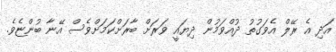
އަދި އެ ރޭލް އެވަގުތު ދުއްވަމުން ދިޔައީ ވަރަށް ބާރަށްކަމަށްވެސް އޭނާ ބުންޏެވެ.